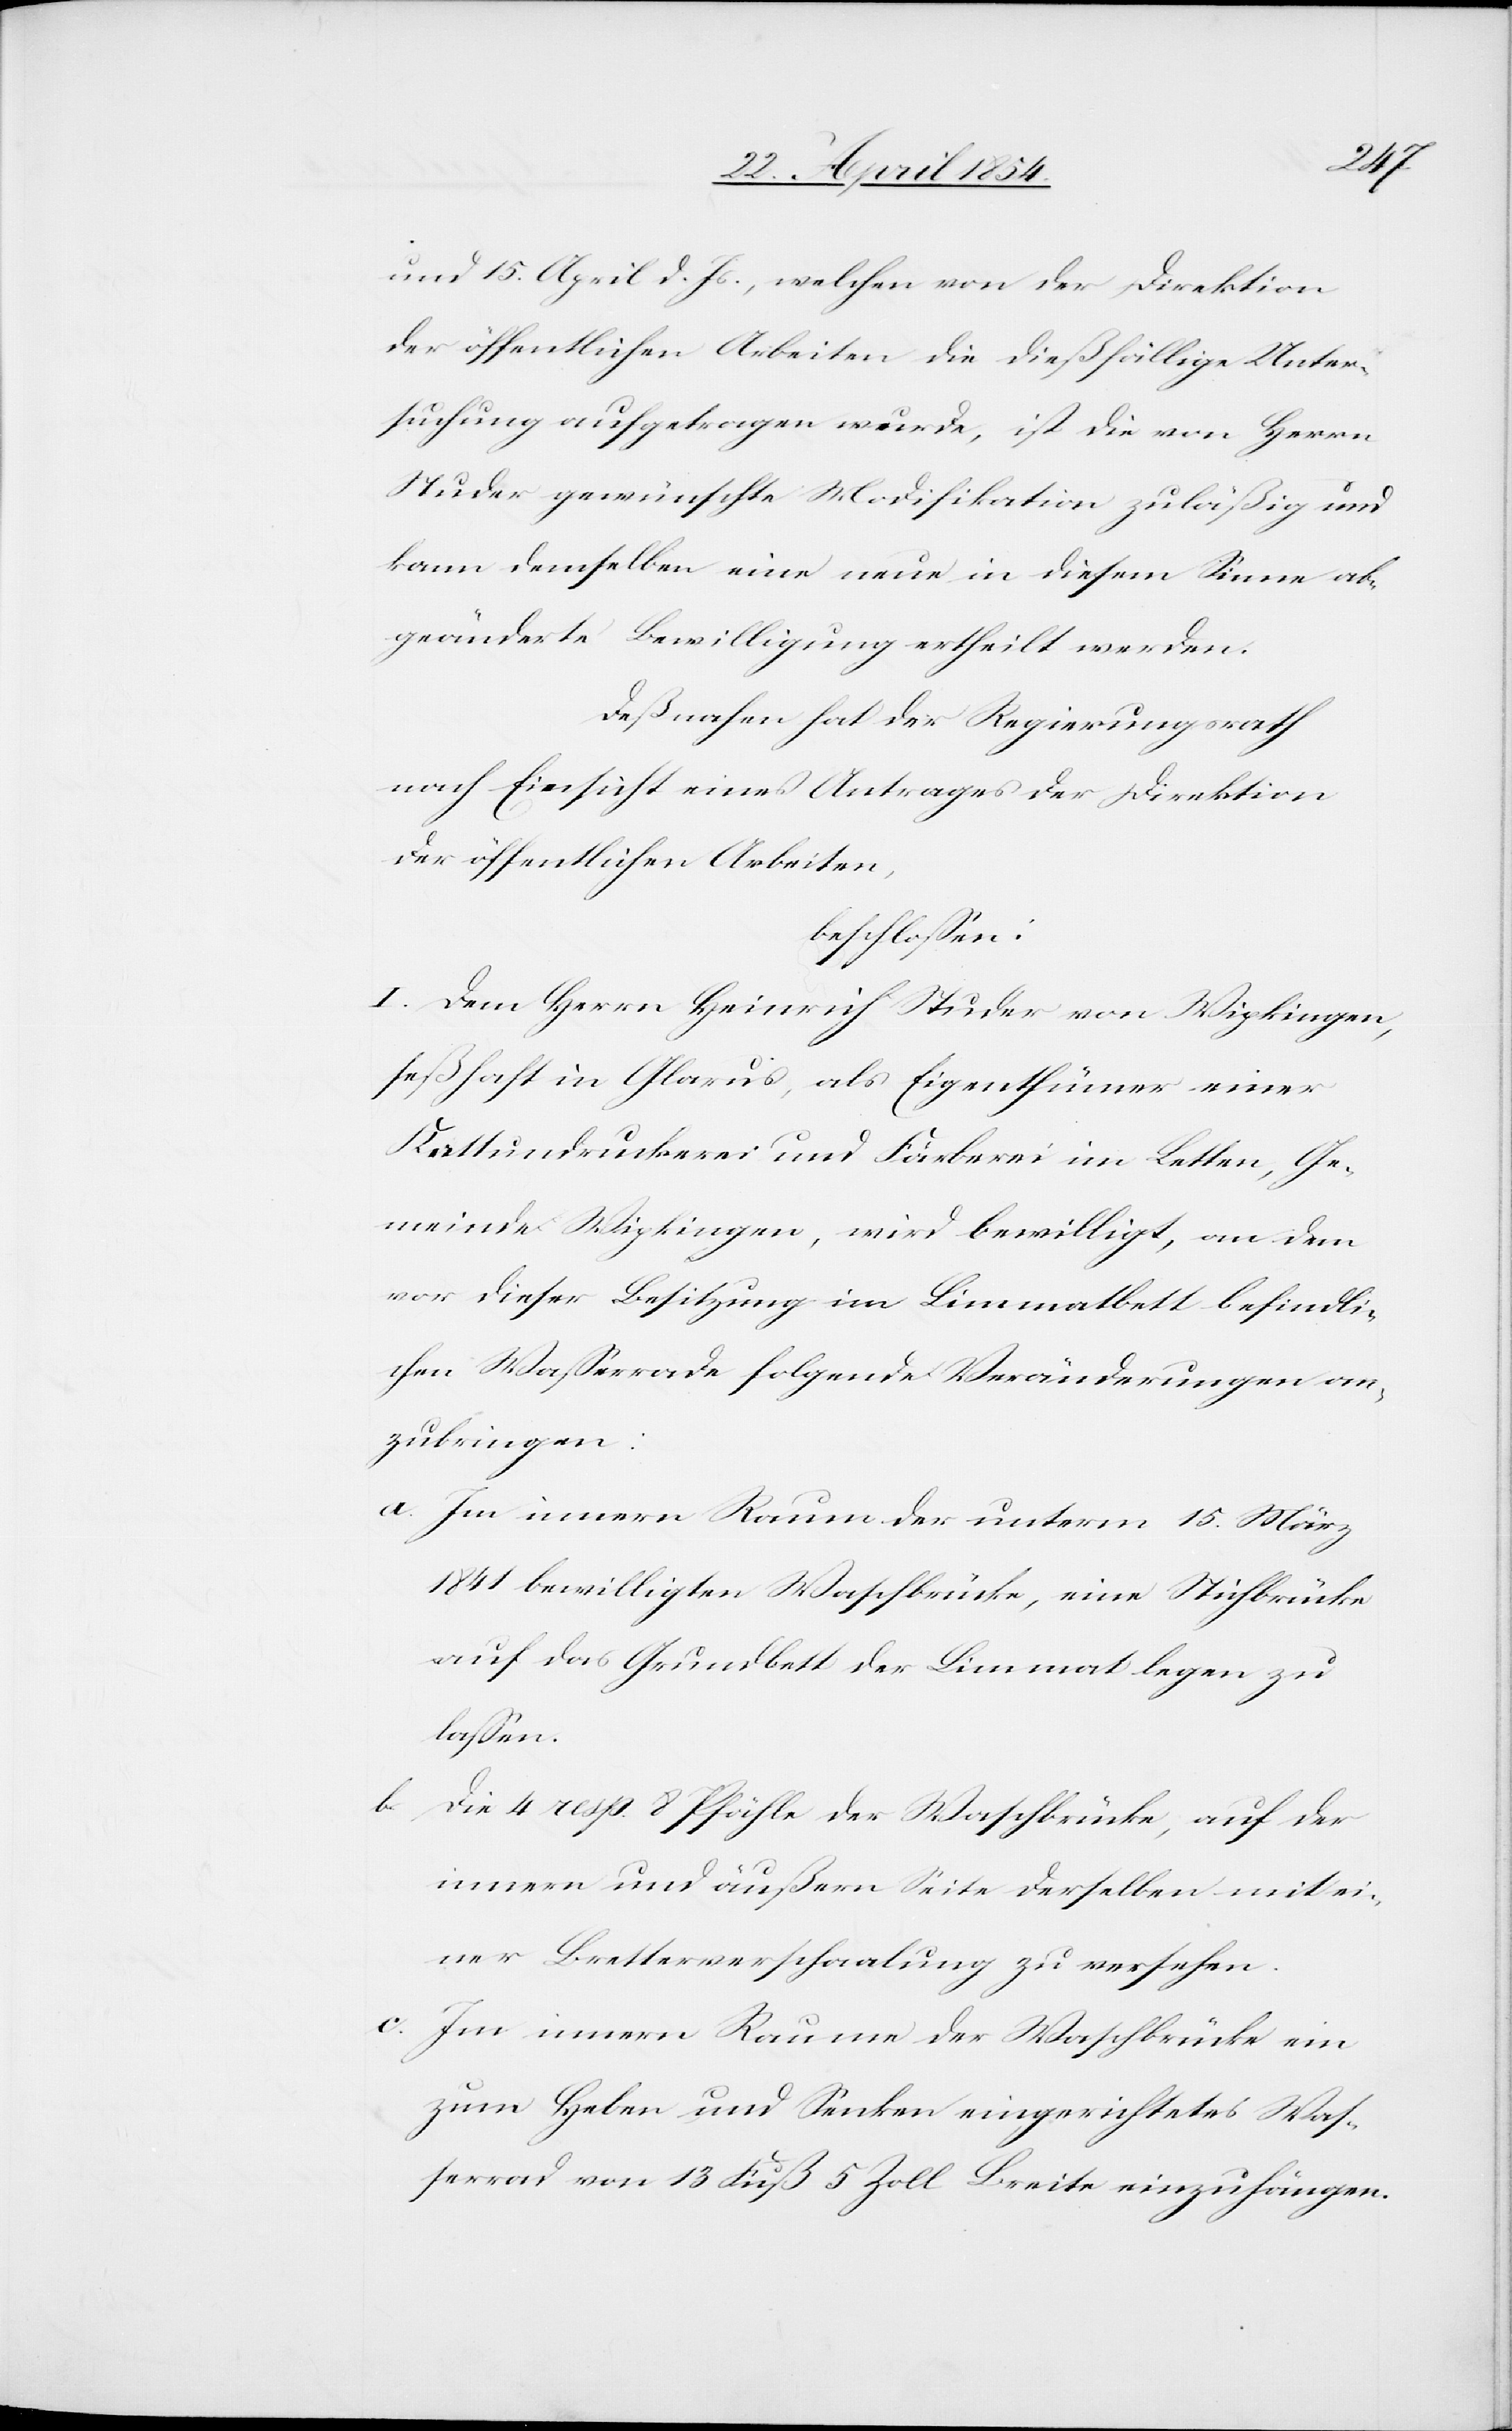
und 15. April d. Js., welchen von der Direktion
der öffentlichen Arbeiten die dießfällige Unter¬
suchung aufgetragen wurde, ist die von Herrn
Studer gewünschte Modifikation zuläßig und
kann demselben eine neue in diesem Sinne ab¬
geänderte Bewilligung ertheilt werden.
Deßnahen hat der Regierungsrath
nach Einsicht eines Antrages der Direktion
der öffentlichen Arbeiten,
beschloßen:
I. Dem Herrn Heinrich Studer von Wipkingen,
seßhaft in Glarus, als Eigenthümer einer
Kattundruckerei und Färberei im Letten, Ge¬
meinde Wipkingen, wird bewilligt, an dem
vor dieser Besitzung im Limmatbett befindli¬
chen Waßerrade folgende Veränderungen an¬
zubringen:
a. Im innern Raum der unterm 15. März
1841 bewilligten Waschbrücke, eine Stichbrücke
auf das Grundblatt der Limmat legen zu
laßen.
b. Die 4 resp. 8 Pfähle der Waschbrücke, auf der
innern und äußern Seite derselben mit ei¬
ner Bretterverschaalung zu versehen.
c. Im innern Raume der Waschbrücke ein
zum Heben und Senken eingerichtetes Waß¬
errad von 13 Fuß 5 Zoll Breite einzuhängen.